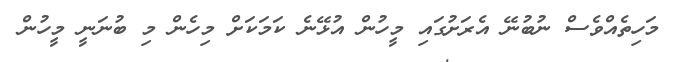
މަހިތެއްވެސް ނުބުނޭ އެރަށުގައި މީހުން އުޅޭނެ ކަމަކަށް މިހެން މި ބުނަނީ މީހުން